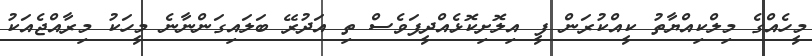
މީހެއްގެ މިލްކިއްޔާތު ކީއްކުރަން ފީ އިލޮށިކޮޅެއްދީފަވެސް ތި އަދުރޭ ބަލައިގަންނާނެ މީހަކު މިރާއްޖެއަކު